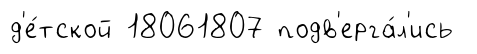
д'е́тской 18061807 подв'ерга́л'ись